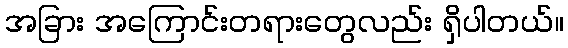
အခြား အကြောင်းတရားတွေလည်း ရှိပါတယ်။